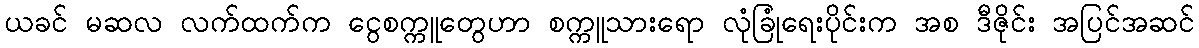
ယခင် မဆလ လက်ထက်က ငွေစက္ကူတွေဟာ စက္ကူသားရော လုံခြုံရေးပိုင်းက အစ ဒီဇိုင်း အပြင်အဆင်